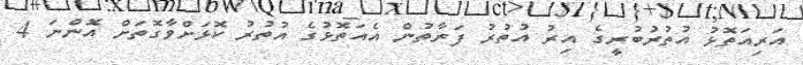
އަރިއަތޮޅު އުތުރުބުރީގެ އިރު އުތުރު ފަރާތުން އެއަތޮޅުގެ އުތުރު ކޮޅަށްވާގޮތަށް އޮންނަ 4